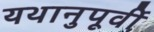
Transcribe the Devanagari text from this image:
यथानुपूर्वी